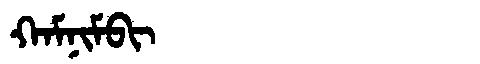
Manchu: ᡴᠠᠮᠨᡳᠮᠪᡳ
Romanization: KAMNIMBI